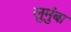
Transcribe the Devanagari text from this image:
लुमुंबा